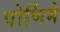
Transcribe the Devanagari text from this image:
पोर्णिमे